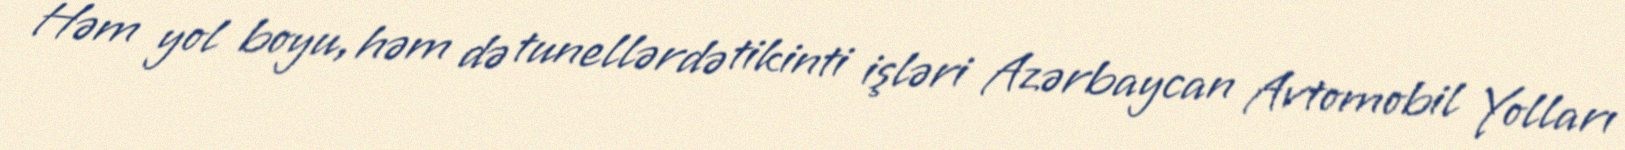
Həm yol boyu, həm də tunellərdə tikinti işləri Azərbaycan Avtomobil Yolları